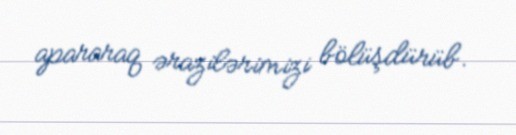
apararaq ərazilərimizi bölüşdürüb.